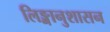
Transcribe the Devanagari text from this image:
लिङ्गानुशासन